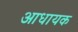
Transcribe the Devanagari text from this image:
आधायक